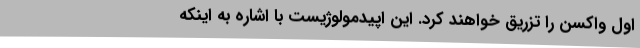
اول واکسن را تزریق خواهند کرد. این اپیدمولوژیست با اشاره به اینکه